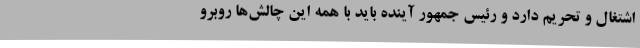
اشتغال و تحریم دارد و رئیس جمهور آینده باید با همه این چالش‌ها روبرو